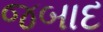
જબાદ